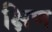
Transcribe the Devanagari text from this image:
क्षिण